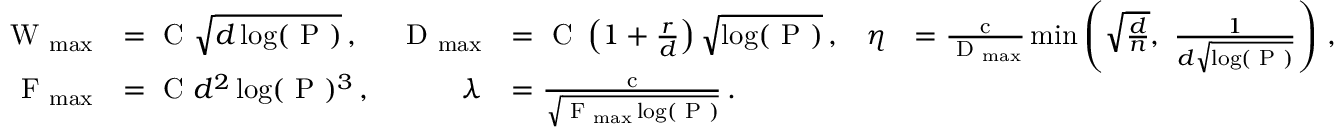
\begin{array} { r l r l r l } { \textrm { W } _ { \operatorname* { m a x } } } & { = \textrm { C } \sqrt { d \log ( \textrm { P } ) } \, , } & { \textrm { D } _ { \operatorname* { m a x } } } & { = \textrm { C } \left( 1 + \frac { r } { d } \right) \sqrt { \log ( \textrm { P } ) } \, , } & { \eta } & { = \frac { \textrm { c } } { \textrm { D } _ { \operatorname* { m a x } } } \operatorname* { m i n } \left( \sqrt { \frac { d } { n } } , \, \, \frac { 1 } { d \sqrt { \log ( \textrm { P } ) } } \right) \, , } \\ { \textrm { F } _ { \operatorname* { m a x } } } & { = \textrm { C } d ^ { 2 } \log ( \textrm { P } ) ^ { 3 } \, , } & { \lambda } & { = \frac { \textrm { c } } { \sqrt { \textrm { F } _ { \operatorname* { m a x } } \log ( \textrm { P } ) } } \, . } \end{array}